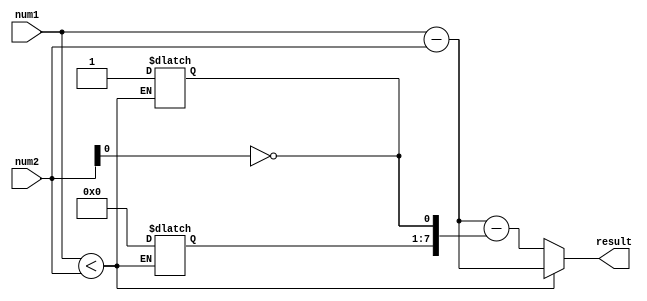
module subtractor(input wire [7:0] num1,
                    input wire [7:0] num2,
                    output reg [7:0] result);

    reg [7:0] borrow;
    
    assign borrow[0] = ~num2[0];
    
    always @* begin
        if (num1 < num2) begin
            result = num1 - num2;
            borrow = 1;
        end else begin
            result = num1 - num2 - borrow;
        end
    end
    
endmodule